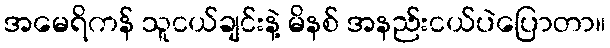
အမေရိကန် သူငယ်ချင်းနဲ့ မိနစ် အနည်းငယ်ပဲပြောတာ။